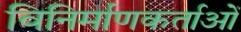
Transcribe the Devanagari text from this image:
विनिर्माणकर्ताओं